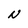
Character: N